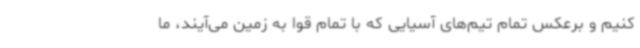
کنیم و برعکس تمام تیم‌های آسیایی که با تمام قوا به زمین می‌آیند، ما